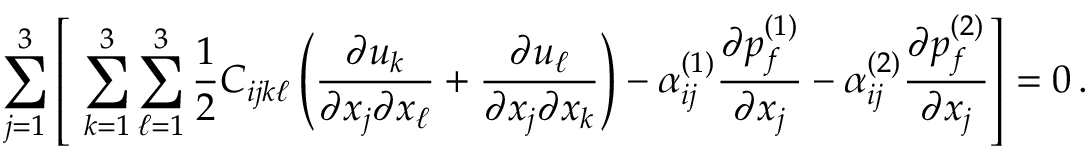
\sum _ { j = 1 } ^ { 3 } \left[ \, \, \sum _ { k = 1 } ^ { 3 } \sum _ { \ell = 1 } ^ { 3 } \frac { 1 } { 2 } C _ { i j k \ell } \left( \frac { \partial u _ { k } } { \partial { x _ { j } } \partial { x _ { \ell } } } + \frac { \partial u _ { \ell } } { \partial { x _ { j } } \partial { x _ { k } } } \right) - \alpha _ { i j } ^ { ( 1 ) } \frac { \partial { p _ { f } ^ { ( 1 ) } } } { \partial { x _ { j } } } - \alpha _ { i j } ^ { ( 2 ) } \frac { \partial { p _ { f } ^ { ( 2 ) } } } { \partial { x _ { j } } } \right] = 0 \, .